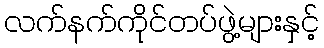
လက်နက်ကိုင်တပ်ဖွဲ့များနှင့်